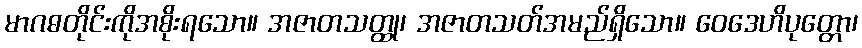
မာဂဓတိုင်းကိုအစိုးရသော။ အဇာတသတ္ထု၊ အဇာတသတ်အမည်ရှိသော။ ဝေဒေဟိပုတ္တော၊